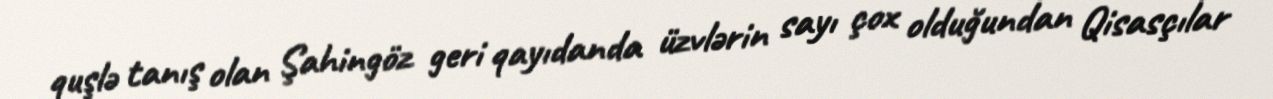
quşlə tanış olan Şahingöz geri qayıdanda üzvlərin sayı çox olduğundan Qisasçılar